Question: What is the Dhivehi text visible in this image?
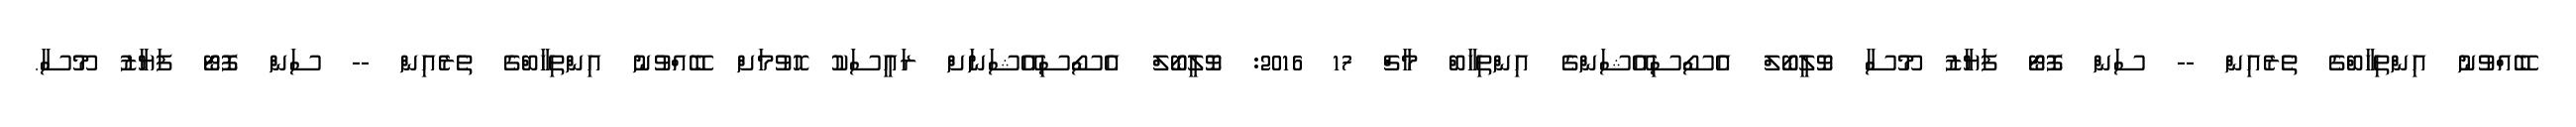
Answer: ބޭއްވުނު އިންތިހާބްގެ ތެރެއިން -- ސަން ފޮޓޯ ފަޔާޒު މޫސާ ވޮލީބޯލް އެސޯސިއޭޝަންގެ އިންތިހާބް މާޗް 17 2016: ވޮލީބޯލް އެސޯސިއޭޝަނަށް ރައީސަކު ހޮވުމަށް ބޭއްވުނު އިންތިހާބްގެ ތެރެއިން -- ސަން ފޮޓޯ ފަޔާޒު މޫސާ.